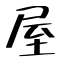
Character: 屋